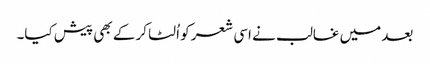
بعد میں غالب نے اسی شعر کو اُلٹا کر کے بھی پیش کیا۔